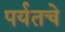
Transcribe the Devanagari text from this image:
पर्यतचे